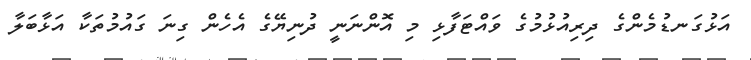
އަޅުގަނޑުމެންގެ ދިރިއުޅުމުގެ ވައްޓަފާޅި މި އޮންނަނީ ދުނިޔޭގެ އެހެން ގިނަ ގައުމުތަކާ އަޅާބަލާ